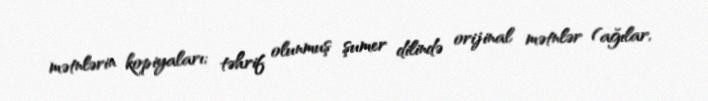
mətnlərin kopiyaları; təhrif olunmuş şumer dilində orijinal mətnlər (ağılar,